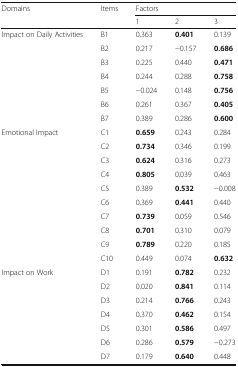
<table><thead><tr><td rowspan="2"><b>Domains</b></td><td rowspan="2"><b>Items</b></td><td colspan="3"><b>Factors</b></td></tr><tr><td><b>1</b></td><td><b>2</b></td><td><b>3</b></td></tr></thead><tbody><tr><td rowspan="7">Impact on Daily Activities</td><td>B1</td><td>0.363</td><td><b>0.401</b></td><td>0.139</td></tr><tr><td>B2</td><td>0.217</td><td>−0.157</td><td><b>0.686</b></td></tr><tr><td>B3</td><td>0.225</td><td>0.440</td><td><b>0.471</b></td></tr><tr><td>B4</td><td>0.244</td><td>0.288</td><td><b>0.758</b></td></tr><tr><td>B5</td><td>−0.024</td><td>0.148</td><td><b>0.756</b></td></tr><tr><td>B6</td><td>0.261</td><td>0.367</td><td><b>0.405</b></td></tr><tr><td>B7</td><td>0.389</td><td>0.286</td><td><b>0.600</b></td></tr><tr><td rowspan="10">Emotional Impact</td><td>C1</td><td><b>0.659</b></td><td>0.243</td><td>0.284</td></tr><tr><td>C2</td><td><b>0.734</b></td><td>0.346</td><td>0.199</td></tr><tr><td>C3</td><td><b>0.624</b></td><td>0.316</td><td>0.273</td></tr><tr><td>C4</td><td><b>0.805</b></td><td>0.039</td><td>0.463</td></tr><tr><td>C5</td><td>0.389</td><td><b>0.532</b></td><td>−0.008</td></tr><tr><td>C6</td><td>0.369</td><td><b>0.441</b></td><td>0.440</td></tr><tr><td>C7</td><td><b>0.739</b></td><td>0.059</td><td>0.546</td></tr><tr><td>C8</td><td><b>0.701</b></td><td>0.310</td><td>0.079</td></tr><tr><td>C9</td><td><b>0.789</b></td><td>0.220</td><td>0.185</td></tr><tr><td>C10</td><td>0.449</td><td>0.074</td><td><b>0.632</b></td></tr><tr><td rowspan="7">Impact on Work</td><td>D1</td><td>0.191</td><td><b>0.782</b></td><td>0.232</td></tr><tr><td>D2</td><td>0.020</td><td><b>0.841</b></td><td>0.114</td></tr><tr><td>D3</td><td>0.214</td><td><b>0.766</b></td><td>0.243</td></tr><tr><td>D4</td><td>0.370</td><td><b>0.462</b></td><td>0.154</td></tr><tr><td>D5</td><td>0.301</td><td><b>0.586</b></td><td>0.497</td></tr><tr><td>D6</td><td>0.286</td><td><b>0.579</b></td><td>−0.273</td></tr><tr><td>D7</td><td>0.179</td><td><b>0.640</b></td><td>0.448</td></tr></tbody></table>